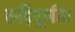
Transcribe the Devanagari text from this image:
रूढ़िपूर्णता